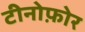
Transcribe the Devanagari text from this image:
टीनोफ़ोर